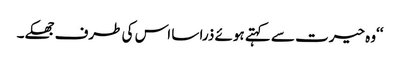
‘‘وہ حیرت سے کہتے ہوئے ذرا سا اس کی طرف جھکے۔